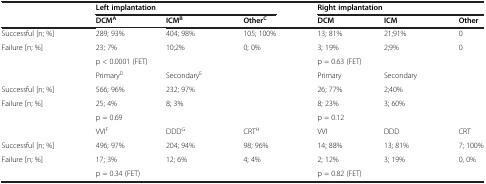
<table><thead><tr><td><b> </b></td><td colspan="3"><b>Left implantation</b></td><td colspan="3"><b>Right implantation</b></td></tr></thead><tbody><tr><td> </td><td><b>DCM</b><sup><b>A</b></sup></td><td><b>ICM</b><sup><b>B</b></sup></td><td><b>Other</b><sup><b>C</b></sup></td><td><b>DCM</b></td><td><b>ICM</b></td><td><b>Other</b></td></tr><tr><td>Successful [n; %]</td><td>289; 93%</td><td>404; 98%</td><td>105; 100%</td><td>13; 81%</td><td>21;91%</td><td>0</td></tr><tr><td>Failure [n; %]</td><td>23; 7%</td><td>10;2%</td><td>0; 0%</td><td>3; 19%</td><td>2;9%</td><td>0</td></tr><tr><td> </td><td colspan="3">p &lt; 0.0001 (FET)</td><td colspan="3">p = 0.63 (FET)</td></tr><tr><td> </td><td>Primary<sup>D</sup></td><td>Secondary<sup>E</sup></td><td> </td><td>Primary</td><td>Secondary</td><td> </td></tr><tr><td>Successful [n; %]</td><td>566; 96%</td><td>232; 97%</td><td> </td><td>26; 77%</td><td>2;40%</td><td> </td></tr><tr><td>Failure [n; %]</td><td>25; 4%</td><td>8; 3%</td><td> </td><td>8; 23%</td><td>3; 60%</td><td> </td></tr><tr><td> </td><td colspan="2">p = 0.69</td><td> </td><td colspan="2">p = 0.12</td><td> </td></tr><tr><td> </td><td>VVI<sup>F</sup></td><td>DDD<sup>G</sup></td><td>CRT<sup>H</sup></td><td>VVI</td><td>DDD</td><td>CRT</td></tr><tr><td>Successful [n; %]</td><td>496; 97%</td><td>204; 94%</td><td>98; 96%</td><td>14; 88%</td><td>13; 81%</td><td>7; 100%</td></tr><tr><td>Failure [n; %]</td><td>17; 3%</td><td>12; 6%</td><td>4; 4%</td><td>2; 12%</td><td>3; 19%</td><td>0, 0%</td></tr><tr><td> </td><td colspan="3">p = 0.34 (FET)</td><td colspan="3">p = 0.82 (FET)</td></tr></tbody></table>